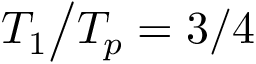
T _ { 1 } \big / T _ { p } = 3 / 4